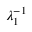
\lambda _ { 1 } ^ { - 1 }